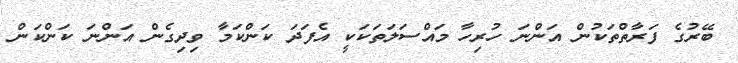
ބޭރުގެ ފަރާތްތަކުން އަންނަ ހުރިހާ މައްސަލަތަކަކީ އެފަދަ ކަންކަމާ ވިދިގެން އަންނަ ކަންކަން